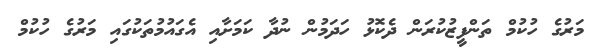
މަރުގެ ހުކުމް ތަންފީޒުކުރަން ދެކޮޅު ހަދަމުން ނުދާ ކަމަށާއި އެގައުމުތަކުގައި މަރުގެ ހުކުމް